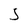
Character: S